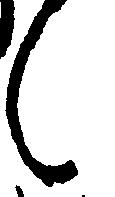
々